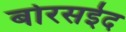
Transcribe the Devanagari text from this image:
बोरसईद